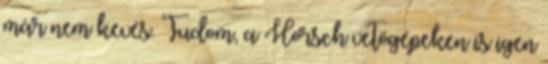
már nem kevés. Tudom, a Horsch vetőgépeken is igen